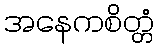
အနေကစိတ္တံ